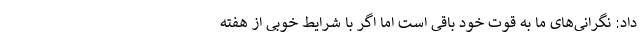
داد: نگرانی‌های ما به قوت خود باقی است اما اگر با شرایط خوبی از هفته